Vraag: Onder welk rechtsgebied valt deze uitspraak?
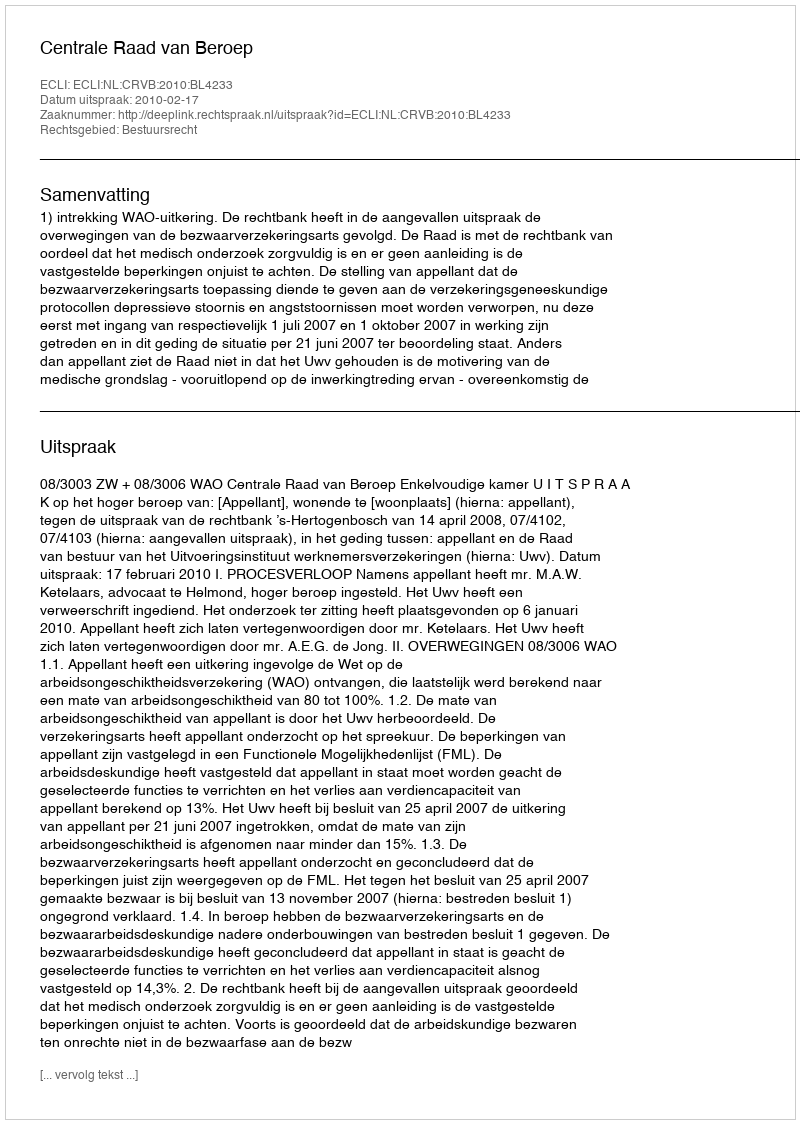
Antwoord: Bestuursrecht